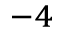
^ { - 4 }